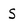
Character: S